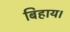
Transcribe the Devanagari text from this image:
बिहाय।